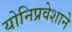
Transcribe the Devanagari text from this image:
योनिप्रवेशाने